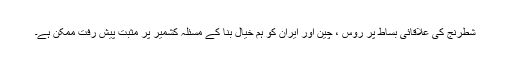
شطرنج کی علاقائی بساط پر روس ، چین اور ایران کو ہم خیال بنا کے مسئلہ کشمیر پر مثبت پیش رفت ممکن ہے۔